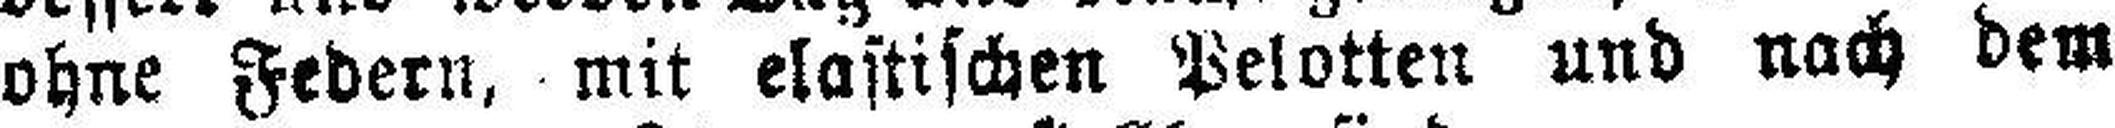
ohne Federn, mit elastischen Pelotten und nach dem